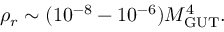
\rho _ { r } \sim ( 1 0 ^ { - 8 } - 1 0 ^ { - 6 } ) M _ { \mathrm { G U T } } ^ { 4 } .